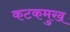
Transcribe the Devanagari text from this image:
कटकमुख